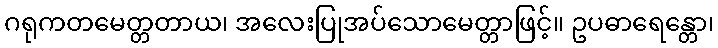
ဂရုကတမေတ္တတာယ၊ အလေးပြုအပ်သောမေတ္တာဖြင့်။ ဥပဓာရေန္တော၊